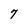
Character: 7